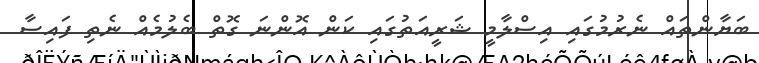
ބަޔާންތައް ނެރުމުގައި އިސްލާމީ ޝަރީއަތުގައި ކަން އޮންނަ ގޮތް ބެލުމެއް ނެތި ފައިސާ